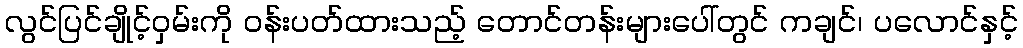
လွင်ပြင်ချိုင့်ဝှမ်းကို ဝန်းပတ်ထားသည့် တောင်တန်းများပေါ်တွင် ကချင်၊ ပလောင်နှင့်